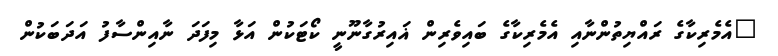
"އެމެރިކާގެ ރައްޔިތުންނާއި އެމެރިކާގެ ބައިވެރިން ޣައިރުގާނޫނީ ކޯޓަކުން އަޅާ މިފަދަ ނާއިންސާފު އަދަބަކުން